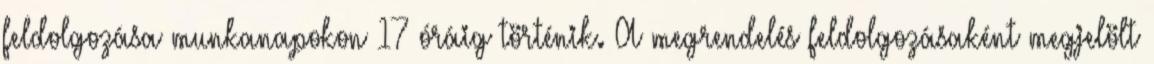
feldolgozása munkanapokon 17 óráig történik. A megrendelés feldolgozásaként megjelölt